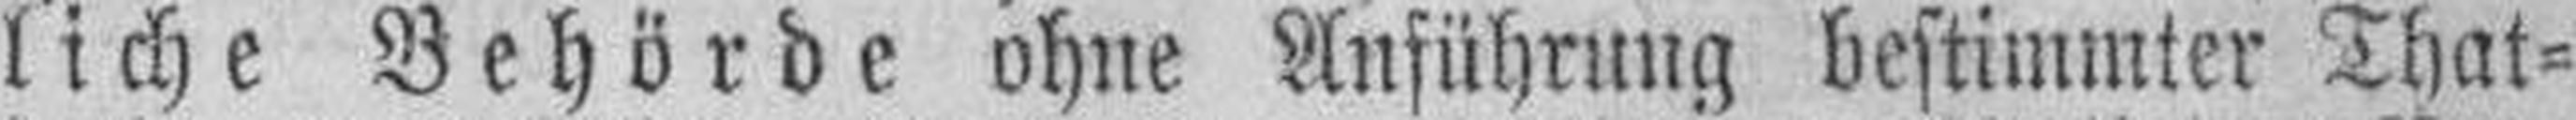
liche Behörde ohne Anführung bestimmter That¬